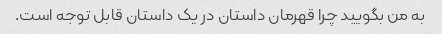
به من بگویید چرا قهرمان داستان در یک داستان قابل توجه است.